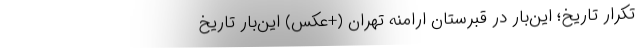
تکرارِ تاریخ؛ این‌بار در قبرستانِ ارامنه تهران (+عکس) این‌بار تاریخ